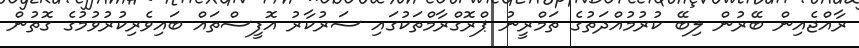
ރާއްޖެއިން ބޭރުން ލިބޭ ކުރުމުއްދަތުގެ ތަމްރީނު ޕްރޮގްރާމްތަކުގައި ސަރުކާރު އޮފީސްތައް ބައިވެރިކުރުވުމުގެ ގޮތުން